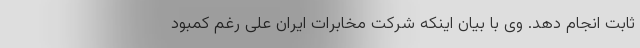
ثابت انجام دهد. وی با بیان اینکه شرکت مخابرات ایران علی رغم کمبود